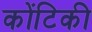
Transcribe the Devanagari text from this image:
कोंटिकी